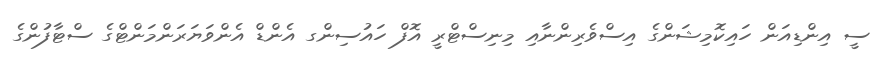
ސީ އިންޑިއަން ހައިކޮމިޝަންގެ އިސްވެރިންނާއި މިނިސްޓްރީ އޮފް ހައުސިންގ އެންޑް އެންވަޔަރަންމަންޓްގެ ސްޓާފުންގެ